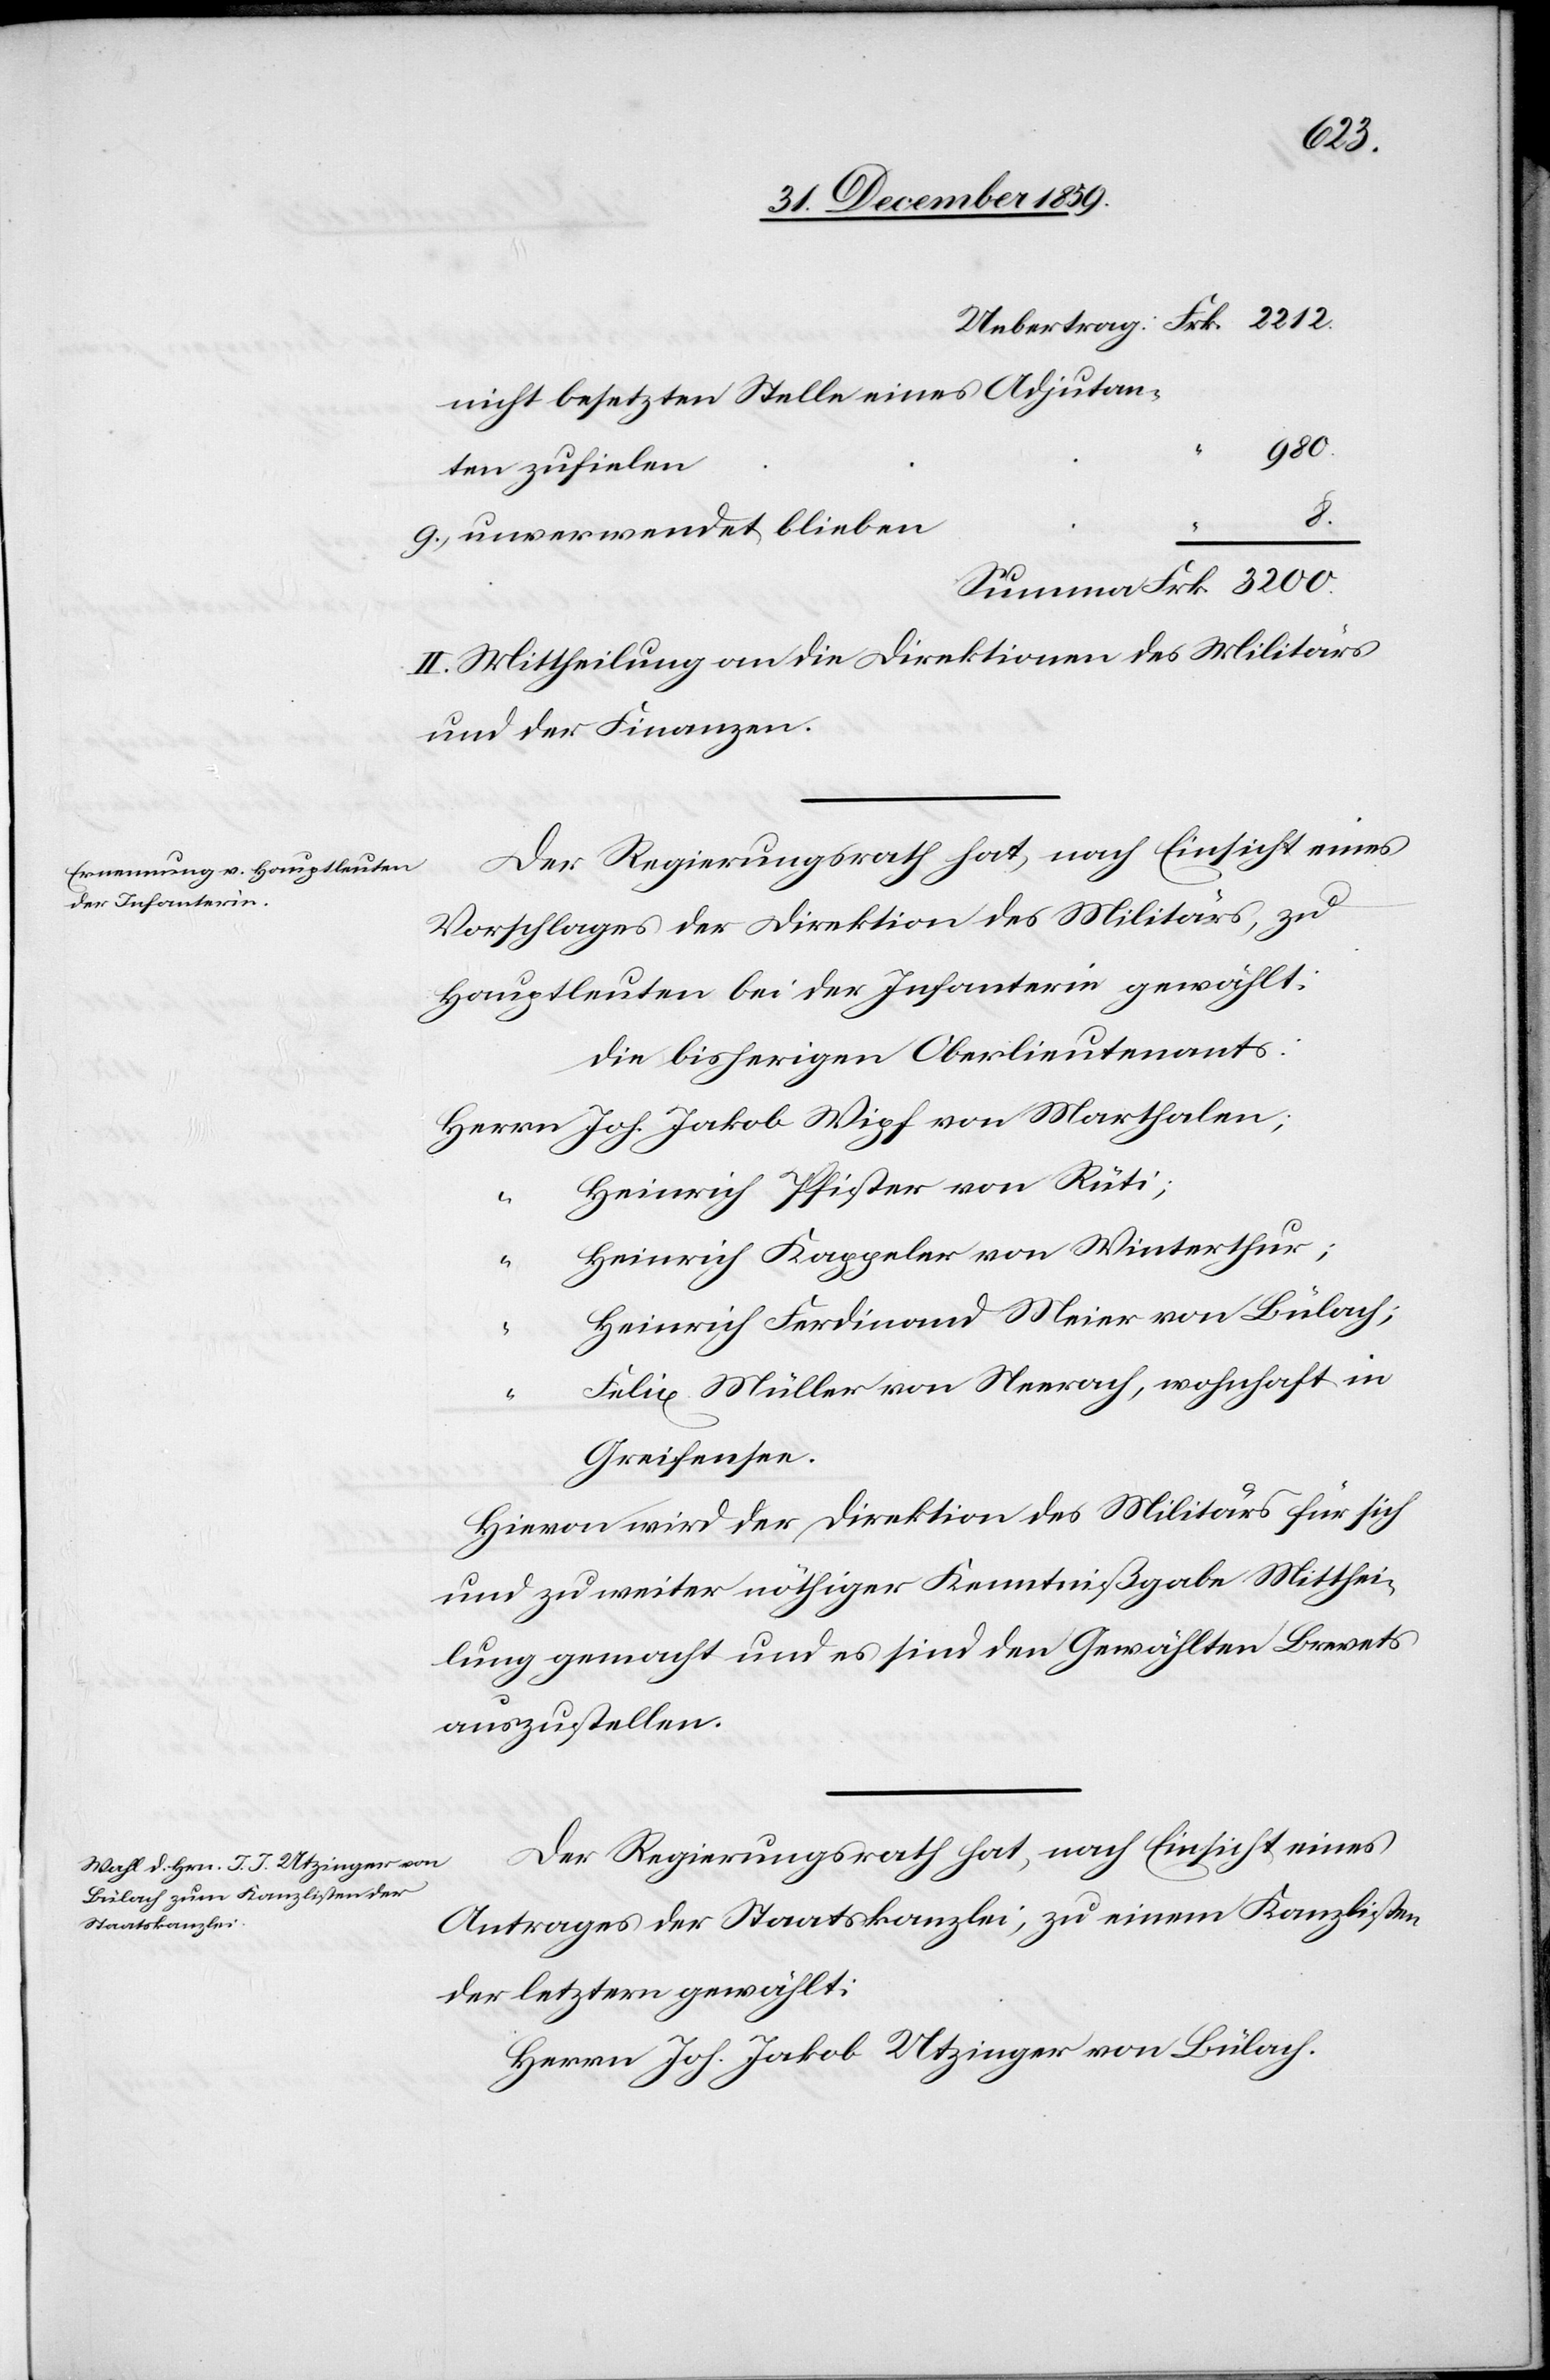
nicht besetzten Stelle eines Adjutan¬
980.
ten zufielen
8.
“
unverwendet blieben
II. Mittheilung an die Direktionen des Militärs
und der Finanzen.
Der Regierungsrath hat, nach Einsicht eines
Vorschlages der Direktion des Militärs, zu
Hauptleuten bei der Infanterie gewählt:
Heinrich Pfister von Rüti;
Heinrich Kappeler von Winterthur;
“
Heinrich Ferdinand Meier von Bülach;
Felix Müller von Neerach, wohnhaft in
Greifensee.
Hievon wird der Direktion des Militärs für sich
und zu weiter nöthiger Kenntnißgabe Mitthei¬
lung gemacht und es sind den Gewählten Brevets
auszustellen.
Der Regierungsrath hat, nach Einsicht eines
Antrages der Staatskanzlei, zu einem Kanzlisten
der letztern gewählt:
Herrn Joh. Jakob Utzinger von Bülach.